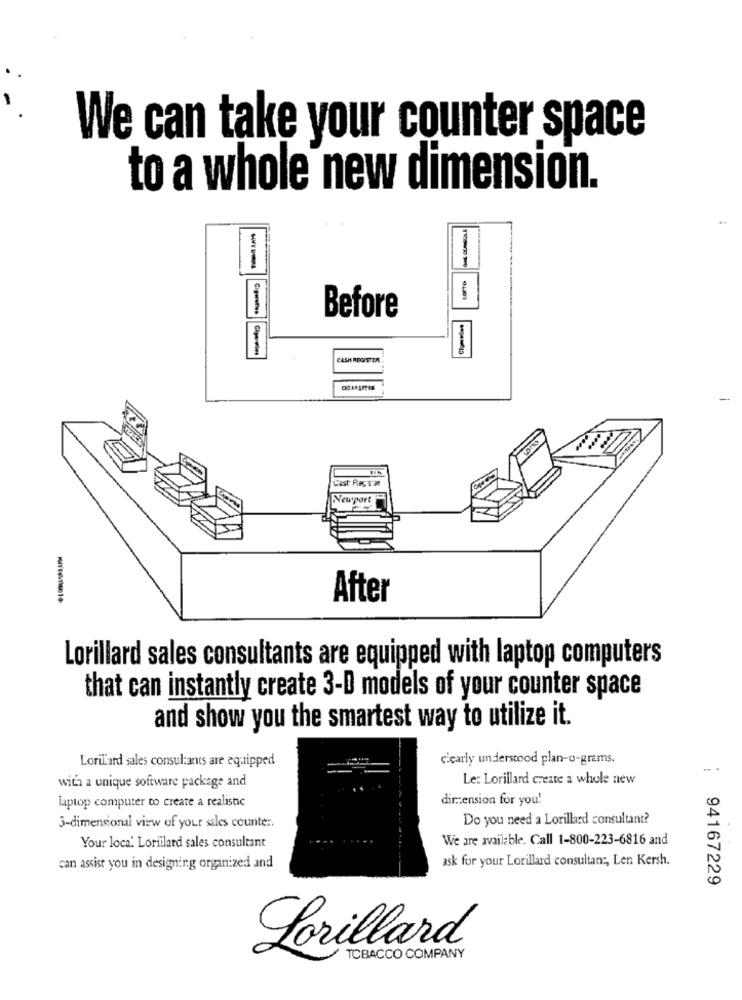
We can take your counter space
to a whole new dimension.
LOTTO
Before
Cast ResTar
Newport
After
Lorillard sales consultants are equipped with laptop computers
that can instantly create 3-D models of your counter space
and show you the smartest way to utilize it.
clearly understood plan-o-grams.
LoriL'ard sales consultants are equipped
Le: Lorillard create a whole new
with a unique software package and
dir .: ension for you!
laptop computer to create a realistic
Do you need a Lorillard consultant?
3-dimensional view of your sales counter.
We are available. Call 1-800-223-6816 and
Your loca' Lorillard sales consultant
ask for your Lorillard consultan :, Len Kersh.
can assist you in designing organized and
: 94167229
Lorillard
TOBACCO COMPANY